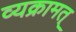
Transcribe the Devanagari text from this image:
व्यक्रामत्